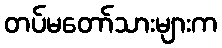
တပ်မတော်သားများက